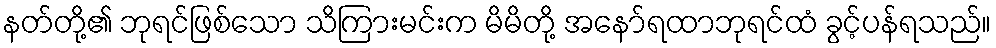
နတ်တို့၏ ဘုရင်ဖြစ်သော သိကြားမင်းက မိမိတို့ အနော်ရထာဘုရင်ထံ ခွင့်ပန်ရသည်။